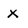
Character: x